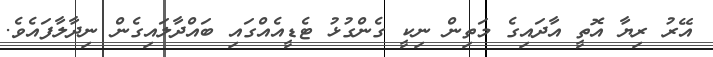
އޭރު ރިޔާ އޮތީ އާދައިގެ މަތިން ނިކީ ގެންގުޅު ޓެޑީއެއްގައި ބައްދާލައިގެން ނިދާލާފައެވެ.